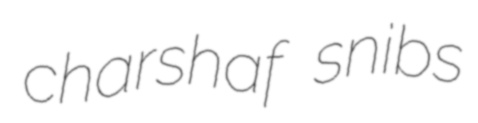
charshaf snibs